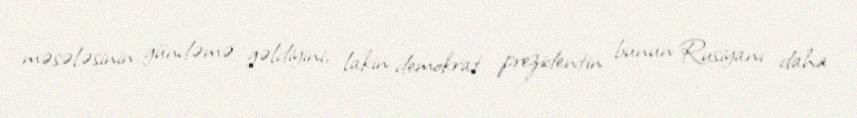
məsələsinin gündəmə gəldiyini, lakin demokrat prezidentin bunun Rusiyanı daha